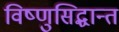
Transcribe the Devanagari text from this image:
विष्णुसिद्धान्त